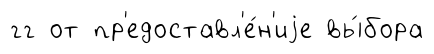
гг от пр'едоставл'е́н'иjе вы́бора